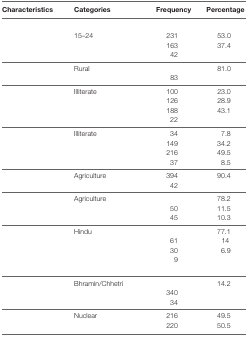
<table><thead><tr><td><b>Characteristics</b></td><td><b>Categories</b></td><td><b>Frequency</b></td><td><b>Percentage</b></td></tr></thead><tbody><tr><td colspan="4">[EMPTY_CELL]</td></tr><tr><td rowspan="3">[EMPTY_CELL]</td><td>15–24</td><td>231</td><td>53.0</td></tr><tr><td>[EMPTY_CELL]</td><td>163</td><td>37.4</td></tr><tr><td>[EMPTY_CELL]</td><td>42</td><td>[EMPTY_CELL]</td></tr><tr><td rowspan="2">[EMPTY_CELL]</td><td>Rural</td><td>[EMPTY_CELL]</td><td>81.0</td></tr><tr><td>[EMPTY_CELL]</td><td>83</td><td>[EMPTY_CELL]</td></tr><tr><td rowspan="4">[EMPTY_CELL]</td><td>Illiterate</td><td>100</td><td>23.0</td></tr><tr><td>[EMPTY_CELL]</td><td>126</td><td>28.9</td></tr><tr><td>[EMPTY_CELL]</td><td>188</td><td>43.1</td></tr><tr><td>[EMPTY_CELL]</td><td>22</td><td>[EMPTY_CELL]</td></tr><tr><td rowspan="4">[EMPTY_CELL]</td><td>Illiterate</td><td>34</td><td>7.8</td></tr><tr><td>[EMPTY_CELL]</td><td>149</td><td>34.2</td></tr><tr><td>[EMPTY_CELL]</td><td>216</td><td>49.5</td></tr><tr><td>[EMPTY_CELL]</td><td>37</td><td>8.5</td></tr><tr><td rowspan="2">[EMPTY_CELL]</td><td>Agriculture</td><td>394</td><td>90.4</td></tr><tr><td>[EMPTY_CELL]</td><td>42</td><td>[EMPTY_CELL]</td></tr><tr><td rowspan="3">[EMPTY_CELL]</td><td>Agriculture</td><td>[EMPTY_CELL]</td><td>78.2</td></tr><tr><td>[EMPTY_CELL]</td><td>50</td><td>11.5</td></tr><tr><td>[EMPTY_CELL]</td><td>45</td><td>10.3</td></tr><tr><td rowspan="4">[EMPTY_CELL]</td><td>Hindu</td><td>[EMPTY_CELL]</td><td>77.1</td></tr><tr><td>[EMPTY_CELL]</td><td>61</td><td>14</td></tr><tr><td>[EMPTY_CELL]</td><td>30</td><td>6.9</td></tr><tr><td>[EMPTY_CELL]</td><td>9</td><td>[EMPTY_CELL]</td></tr><tr><td rowspan="3">[EMPTY_CELL]</td><td>Bhramin/Chhetri</td><td>[EMPTY_CELL]</td><td>14.2</td></tr><tr><td>[EMPTY_CELL]</td><td>340</td><td>[EMPTY_CELL]</td></tr><tr><td>[EMPTY_CELL]</td><td>34</td><td>[EMPTY_CELL]</td></tr><tr><td rowspan="2">[EMPTY_CELL]</td><td>Nuclear</td><td>216</td><td>49.5</td></tr><tr><td>[EMPTY_CELL]</td><td>220</td><td>50.5</td></tr></tbody></table>